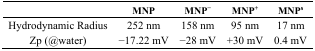
|  | MNP | MNP− | MNP+ | MNPs |
 | --- | --- | --- | --- | --- |
 | Hydrodynamic Radius | 252 nm | 158 nm | 95 nm | 17 nm |
 | Zp (@water) | −17.22 mV | −28 mV | +30 mV | 0.4 mV |